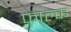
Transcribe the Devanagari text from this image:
फ़ाल्क